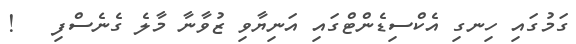
ގަމުގައި ހިނގި އެކްސިޑެންޓްގައި އަނިޔާވި ޒުވާނާ މާލެ ގެނެސްފި   !